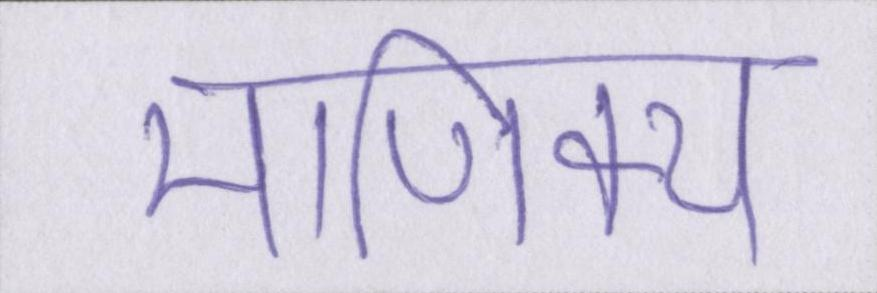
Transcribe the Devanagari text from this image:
माणिक्य